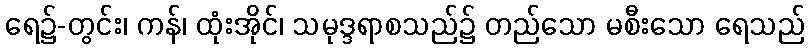
ရေ၌-တွင်း၊ ကန်၊ ထုံးအိုင်၊ သမုဒ္ဒရာစသည်၌ တည်သော မစီးသော ရေသည်